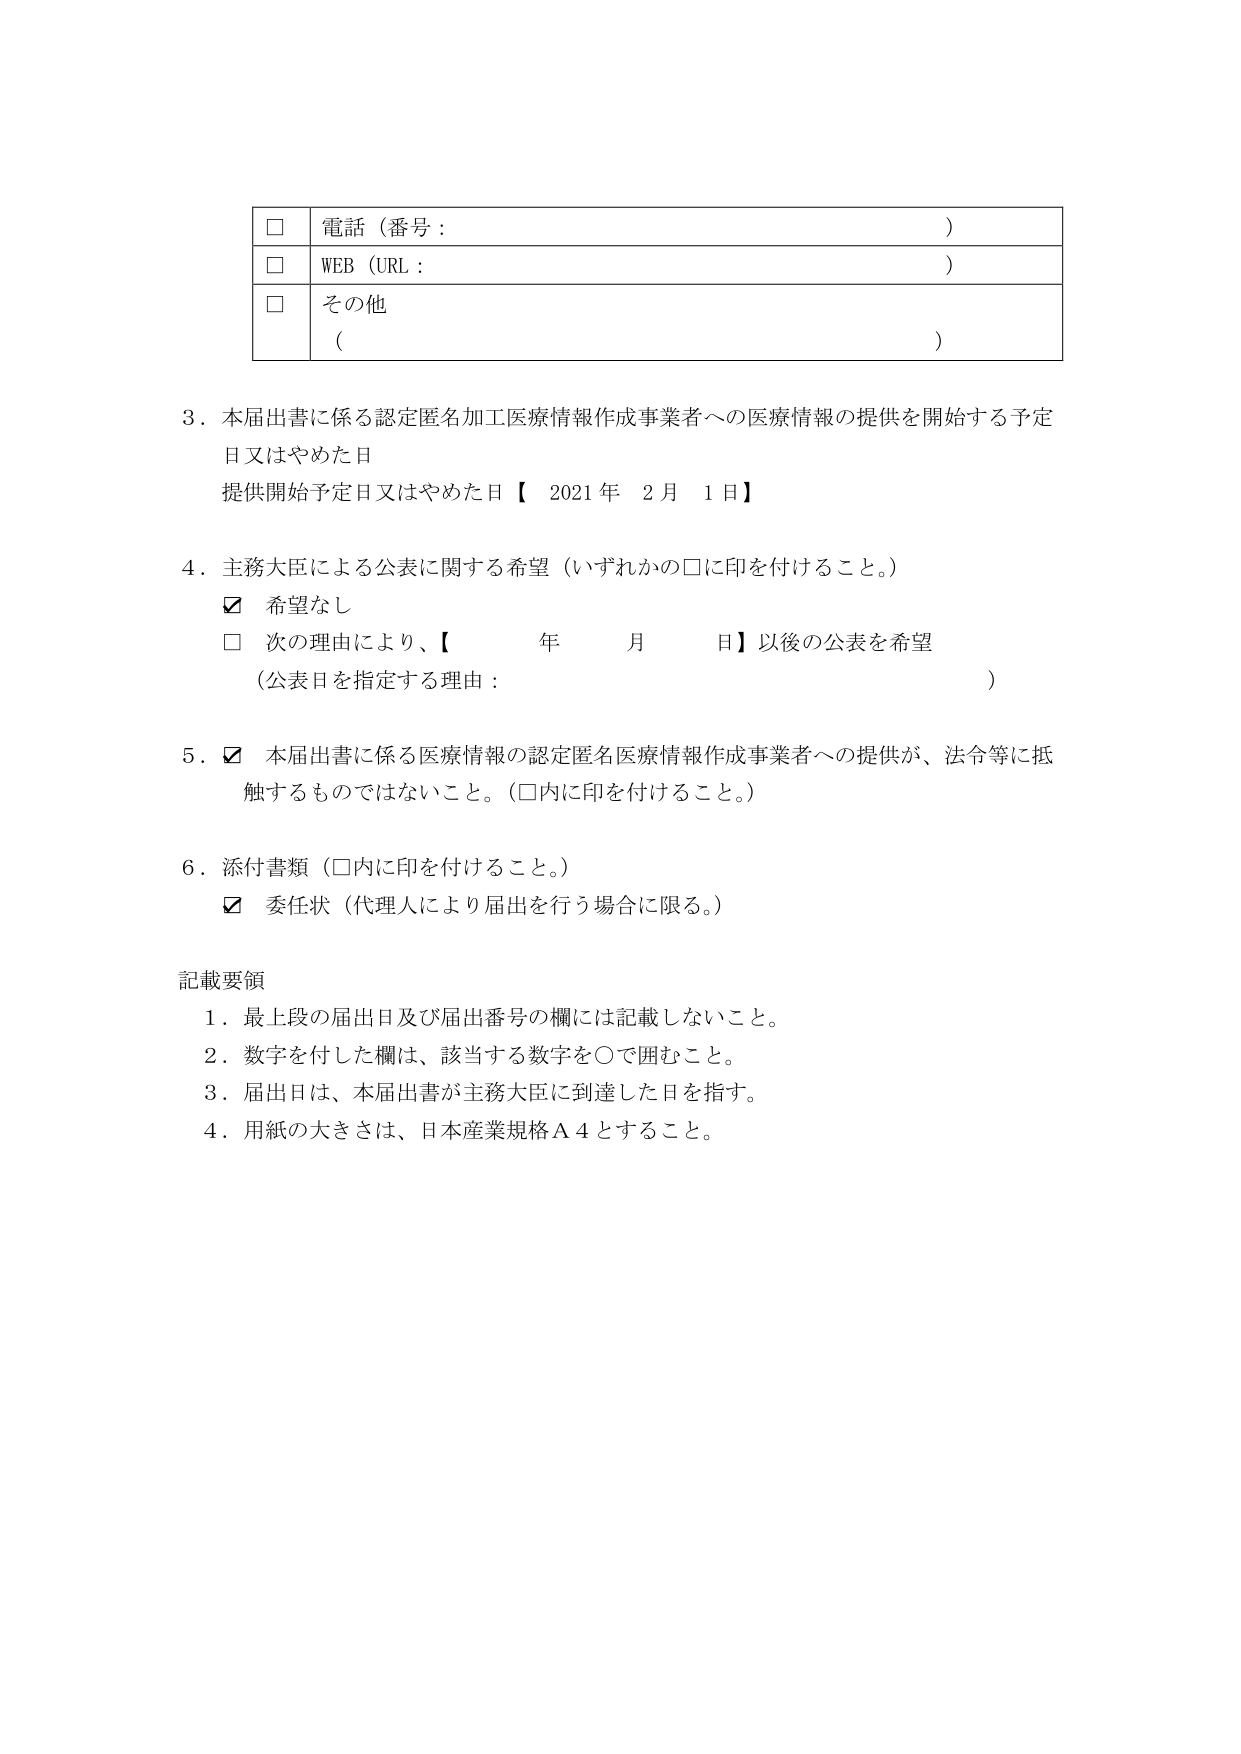
□ 電話（番号： ）
□ WEB（URL： ）
□ その他（ ）

3．本届出書に係る認定匿名加工医療情報作成事業者への医療情報の提供を開始する予定日又はやめた日
提供開始予定日又はやめた日【 2021年 2月 1日】

4．主務大臣による公表に関する希望（いずれかの□に印を付けること。）
☑ 希望なし
□ 次の理由により、【 年 月 日】以後の公表を希望
（公表日を指定する理由： ）

5．☑ 本届出書に係る医療情報の認定匿名医療情報作成事業者への提供が、法令等に抵触するものではないこと。（□内に印を付けること。）

6．添付書類（□内に印を付けること。）
☑ 委任状（代理人により届出を行う場合に限る。）

記載要領
1．最上段の届出日及び届出番号の欄には記載しないこと。
2．数字を付した欄は、該当する数字を○で囲むこと。
3．届出日は、本届出書が主務大臣に到達した日を指す。
4．用紙の大きさは、日本産業規格Ａ４とすること。